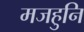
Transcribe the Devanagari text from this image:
मजहुनि